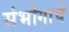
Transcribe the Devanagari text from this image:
संभोगाचे